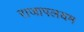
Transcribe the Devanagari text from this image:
राजापलयम